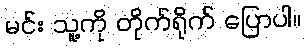
မင်း သူ့ကို တိုက်ရိုက် ပြောပါ။